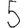
Digit: 5